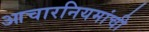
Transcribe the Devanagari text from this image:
आचारनियमांची